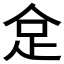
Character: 𠈮